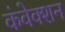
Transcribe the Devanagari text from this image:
कंवेक्शन